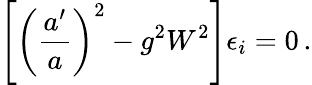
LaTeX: \left[\left(\frac{a^{\prime}}{a}\right)^{2}-g^{2}W^{2}\right]\epsilon_{i}=0\, .